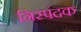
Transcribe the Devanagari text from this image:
निस्पंदक